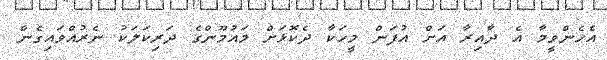
އެހެންވީމާ އެ ދާއިރާ އަށް އުފަން މީހަކާ ދެކޮޅަށް މައުމޫންގެ ދަރިކަލަކު ނެރުއްވައިގެން